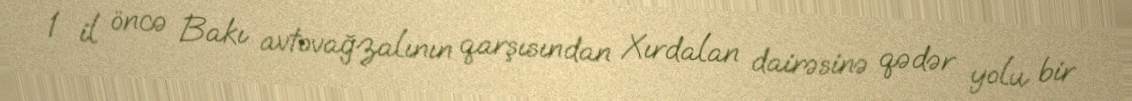
1 il öncə Bakı avtovağzalının qarşısından Xırdalan dairəsinə qədər yolu bir